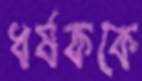
ধর্ষককে